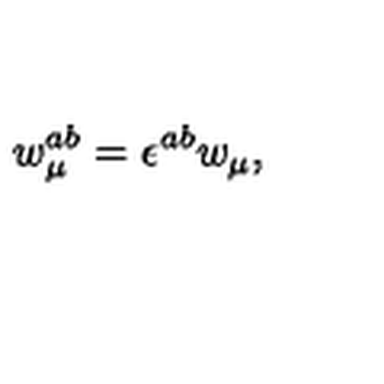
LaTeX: w _ { \mu } ^ { a b } = \epsilon ^ { a b } w _ { \mu } ,